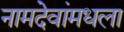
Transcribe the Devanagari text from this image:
नामदेवांमधला